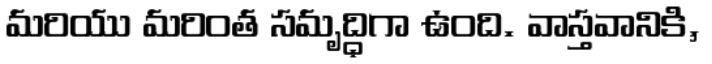
మరియు మరింత సమృద్ధిగా ఉంది. వాస్తవానికి,